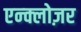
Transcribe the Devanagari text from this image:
एन्क्लोज़र